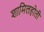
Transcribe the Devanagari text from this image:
शामिलहोती